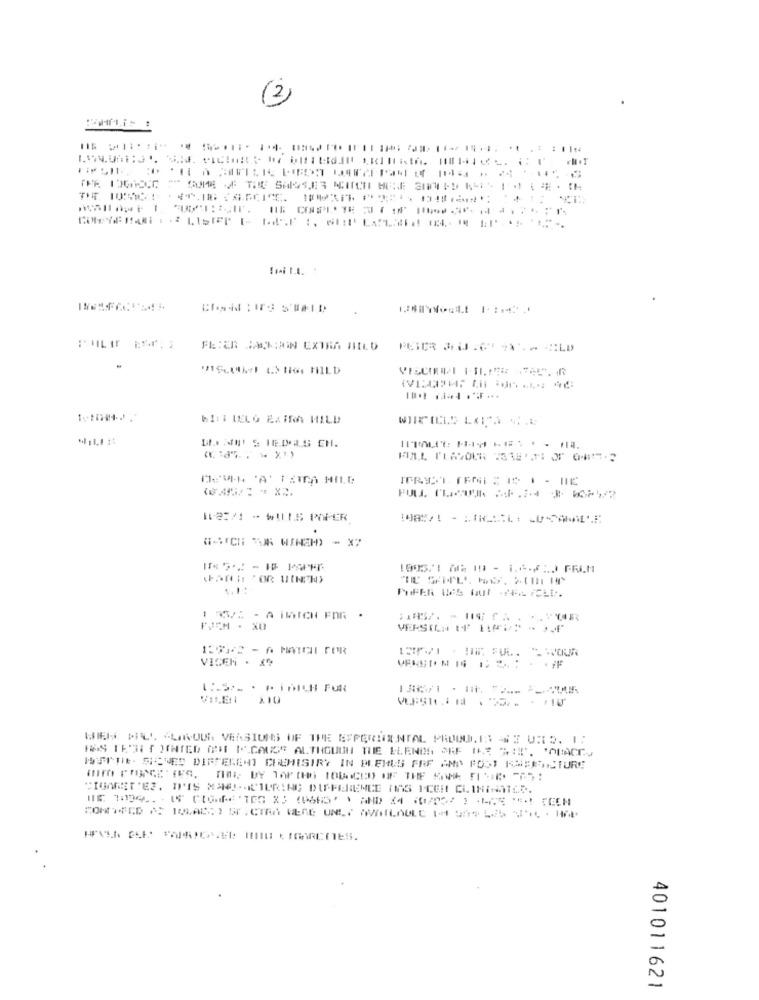
(2)
..
: 1 124
: P
Choid TIFS S'HAID
WITT LELO EXTRA HILD
DANN! S TEDALS EN.
1127/1 -WILLS PAPER
WATCH "OR WINEH) - X7
1905/1 0 19 - 1.6-61) FRAM
FJCM . X0.
VICEM - 19
175·PH FOR
WIELE MIL LANOUN VERSIONS OF THE EXPERIENTAL PRODUCEN GE URS. 1:
HAS THREE JONTED ORE IS.CAUSE ALTHOUGH THE PLENOS ARE (CE "I', 'AUACC.
ISTIHRE. RENES DIFFERENT CHEHISIRY IN PLEHUS FRE AND FOST KOBERNCTURE
CIGARETTES. IPIS NACIERING DIFFERENCE TIAS ICEIL CLINIGAILD.
401011621